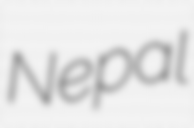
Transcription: Nepal